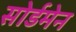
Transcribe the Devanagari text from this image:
सोर्डमेन